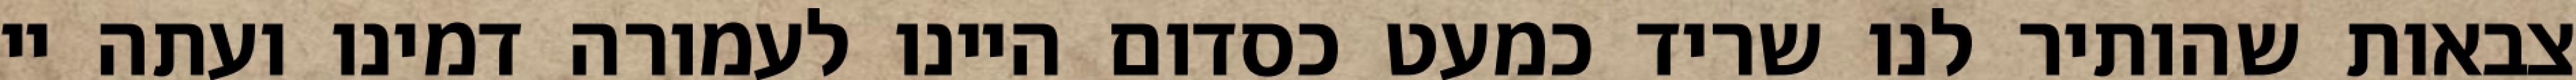
צבאות שהותיר לנו שריד כמעט כסדום היינו לעמורה דמינו ועתה יי